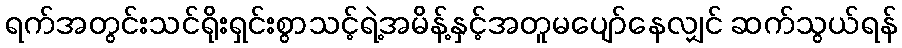
ရက်အတွင်းသင်ရိုးရှင်းစွာသင့်ရဲ့အမိန့်နှင့်အတူမပျော်နေလျှင် ဆက်သွယ်ရန်